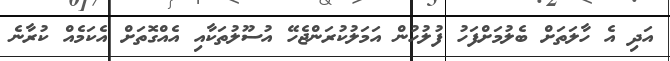
އަދި އެ ހާލަތަށް ބެލުމަށްފަހު ފުލުހުން އަމަލުކުރަންޖެހޭ އުސޫލުތަކާއި އެއްގޮތަށް އެކަމެއް ކުރާނެ